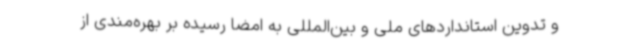
و تدوین استانداردهای ملی و بین‌المللی به امضا رسیده بر بهره‌مندی از